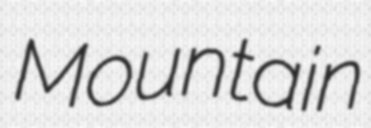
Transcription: Mountain